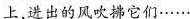
上，进出的风吹拂它们……